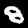
Label: 8